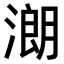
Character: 𣼽